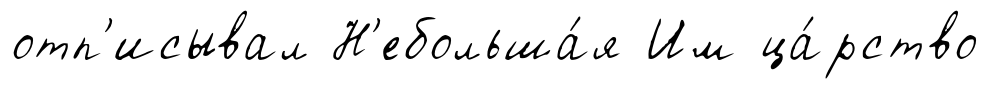
отп'исывал Н'ебольша́я Им ца́рство